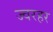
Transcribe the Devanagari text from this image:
ज्वरहर